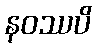
နဝဿပိ